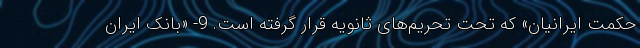
حکمت ایرانیان» که تحت تحریم‌های ثانویه قرار گرفته است. 9- «بانک ایران